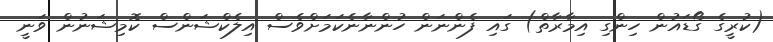
(ކުރީގެ ގޯޑައުން ހިންގި އިމާރާތް) ގައި ފެންނަން ހުންނާނެކަމަށްވެސް އިލެކްޝަންސް ކޮމިޝަނުން ވަނީ